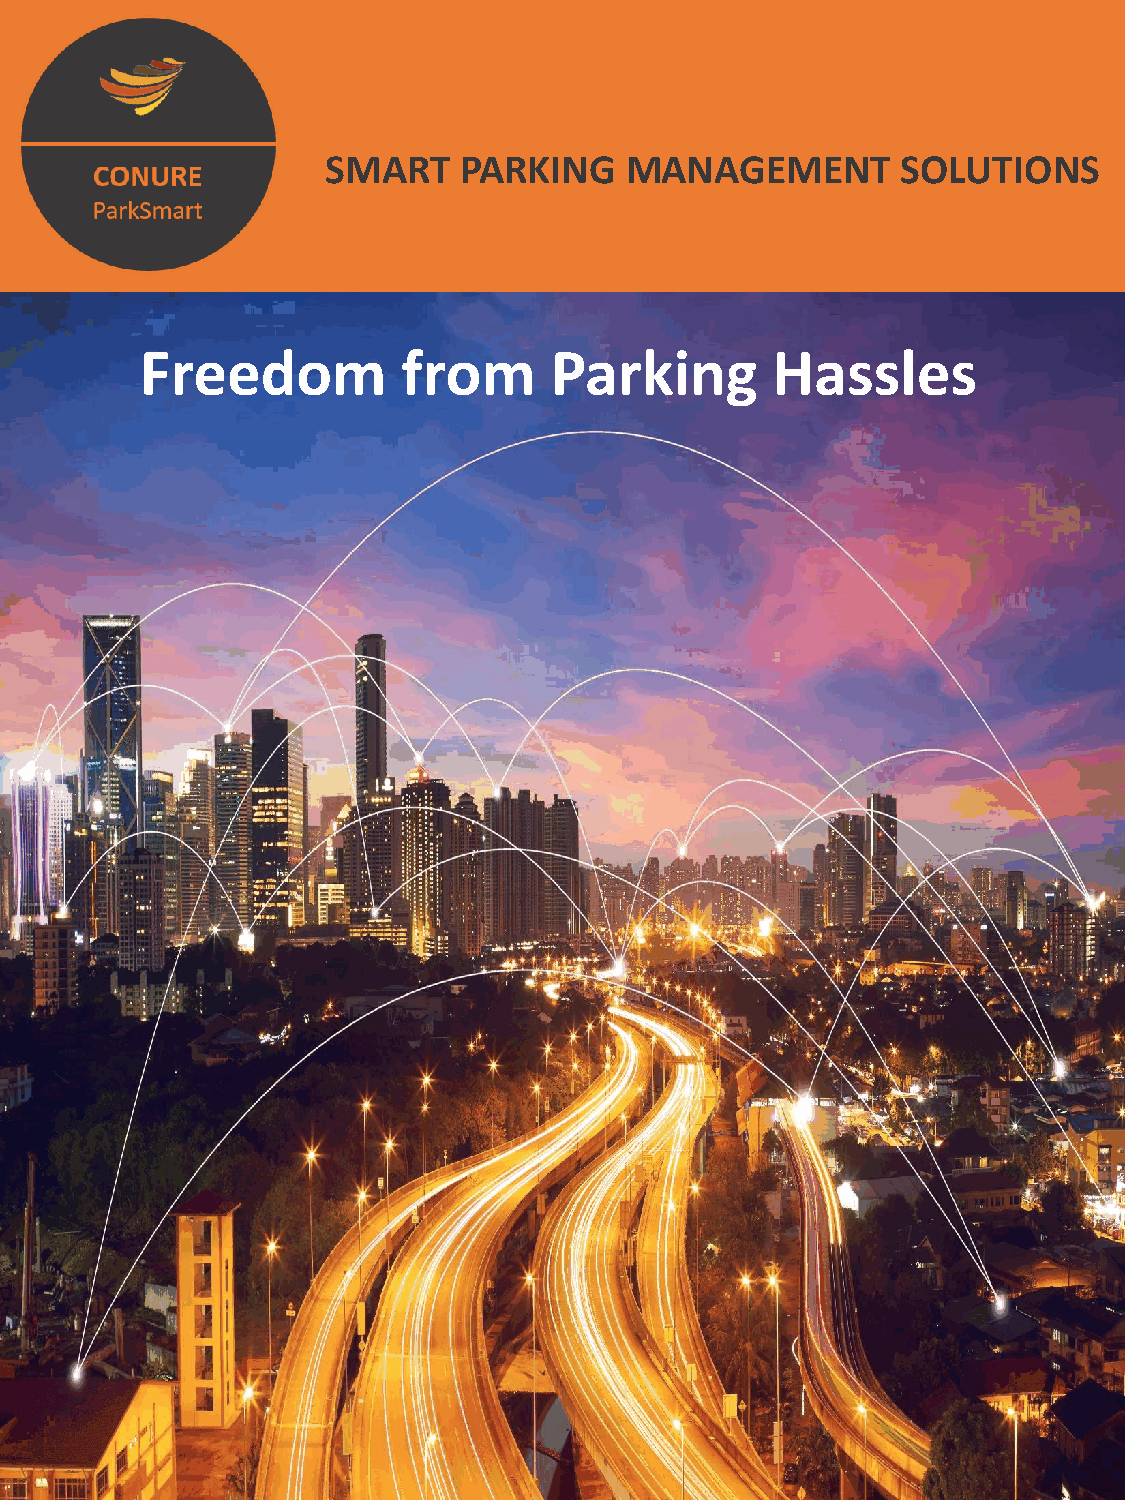
SMART   PARKING    MANAGEMENT         SOLUTIONS
 Freedom           from     Parking        Hassles